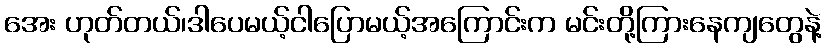
အေး ဟုတ်တယ်၊ဒါပေမယ့်ငါပြောမယ့်အကြောင်းက မင်းတို့ကြားနေကျတွေနဲ့